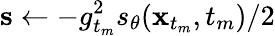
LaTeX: \mathbf{s}\gets-g_{t_{m}}^{2}s_{\theta}(\mathbf{x}_{t_{m}},t_{m})/2